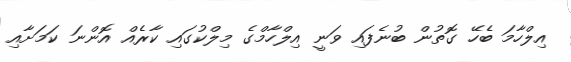
އިލްހާމަ ބެހޭ ގޮތުން ބުނެފައި ވަނީ އިލްހާމްގެ މިލްކުގައި ކާރެއް އޮންނަ ކަމަށާއި